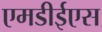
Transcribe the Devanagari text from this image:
एमडीईएस